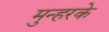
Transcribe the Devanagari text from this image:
मुन्हरके